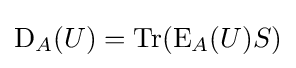
\operatorname {D} _{A}(U)=\operatorname {Tr} (\operatorname {E} _{A}(U)S)